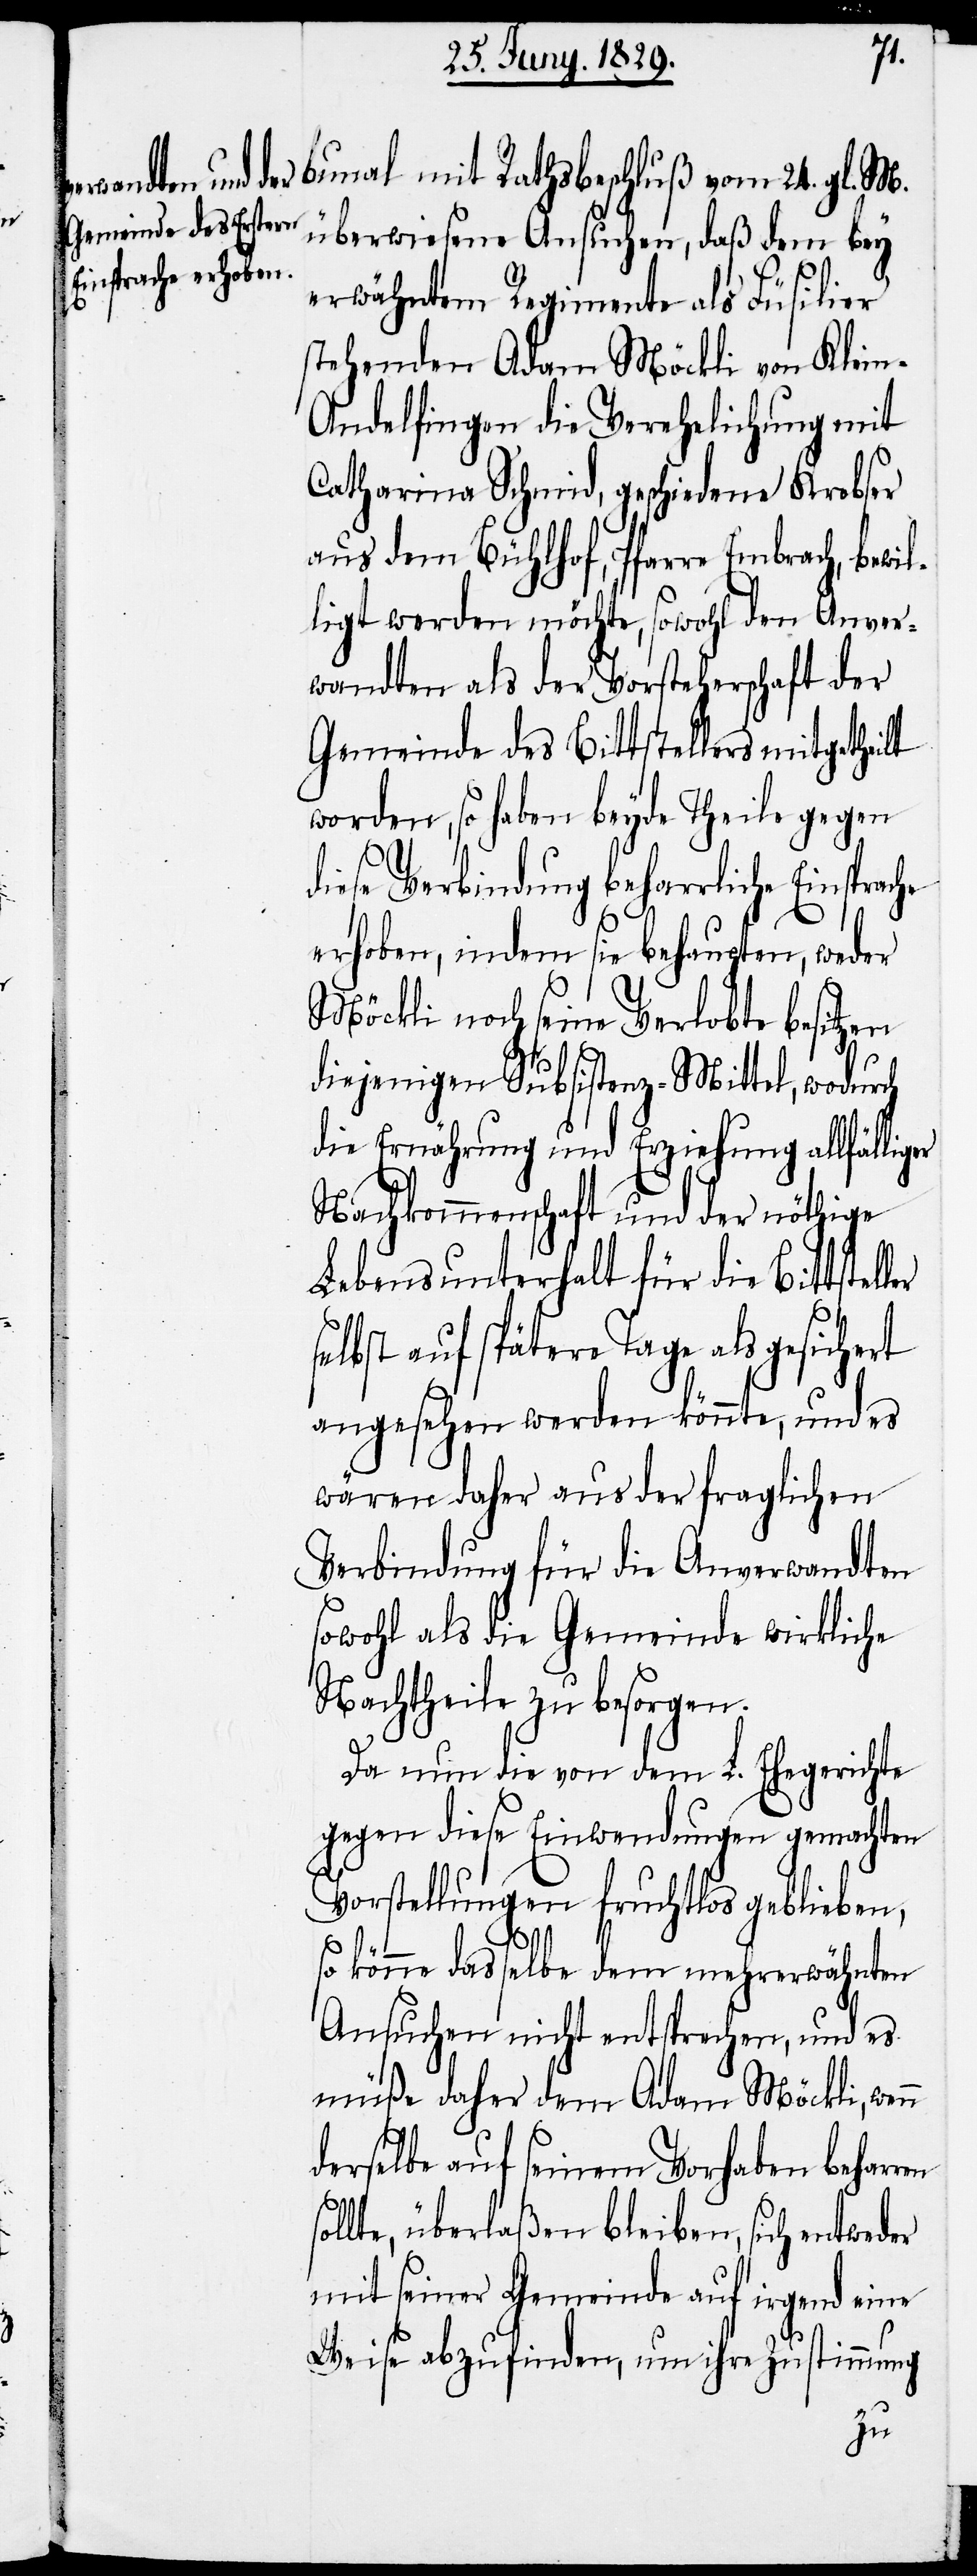
sol¬
bunal mit Rathsbeschluß vom 24. gl. M.
überwiesene Ansuchen, daß dem bey
erwähntem Regimente als Füsilier
stehenden Adam Möckli von Klei¬
n-Andelfingen die Verehelichung mit
Catharina Schmid, geschiedene Krebser
aus dem Bühlhof, Pfarre Embrach, bewil¬
ligt werden möchte, sowohl den Anver¬
wandten als der Vorsteherschaft der
Gemeinde des Bittstellers mitgeheilt
worden, so haben beyde Theile gegen
diese Verbindung beharrliche Einspra¬
erhoben, indem sie behaupten, weder
Möckli noch seine Verlobte besitzen
diejenigen Subsistenz-Mittel, wodurch
die Ernährung und Erziehung allfälliger
Nachkommenschaft und der nöthige
Lebensunterhalt für die Bittstell¬
elbst auf spätere Tage als gesiche¬
angesehen werden könnte, und es
wären daher aus der fraglichen
Verbindung für die Anverwandten
sowohl als die Gemeinde wirkliche
Nachtheile zu besorgen.
Da nun die von dem L. Ehegerichte
gegen diese Einwendungen gemachten
Vorstellungen fruchtlos geblieben,
er s¬
so könne dasselbe dem mehrerwähnten
Ansuchen nicht entsprechen, und es
müße daher dem Adam Möckli,
derselbe auf seinem Vorhaben beharren
lte, überlaßen bleiben, sich entweder
mit seiner Gemeinde auf irgend eine
Weise abzufinden, um ihre Zustimmung
che